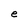
Character: e